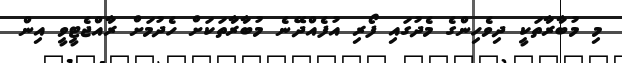
މި މުބާރާތަކީ ދިވެހިންގެ މެދުގައި ފޯރި އުފެއްދޭނެ މުބާރާތަކަށް ހެދުމަށް ރާއްޖެޓީވީ އިން